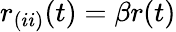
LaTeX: r_{(ii)}(t)=\beta r(t)